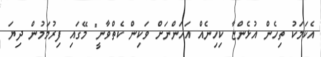
އެކަމަކު ތިހެން އުޅެންޏާ ކިހިނެއް އަހަންނަށް ވަކިން ކެތްވާނީ" މޭގައި ފިރުމަމުން ދިޔަ